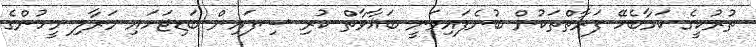
ތުރުކީގެ ކަމާބެހޭ ފަރާތްތަކުން ބުނެފައިވަނީ ބަޣާވާތް ކުރި ސިފައިން ބަޑިޖަހައި މަރާލި މީހުންގެ